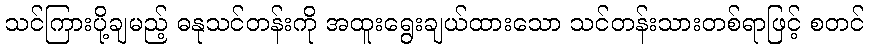
သင်ကြားပို့ချမည့် ဓနုသင်တန်းကို အထူးရွေးချယ်ထားသော သင်တန်းသားတစ်ရာဖြင့် စတင်